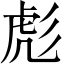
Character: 彪